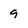
Character: 9